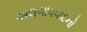
અલગાવવાદનો